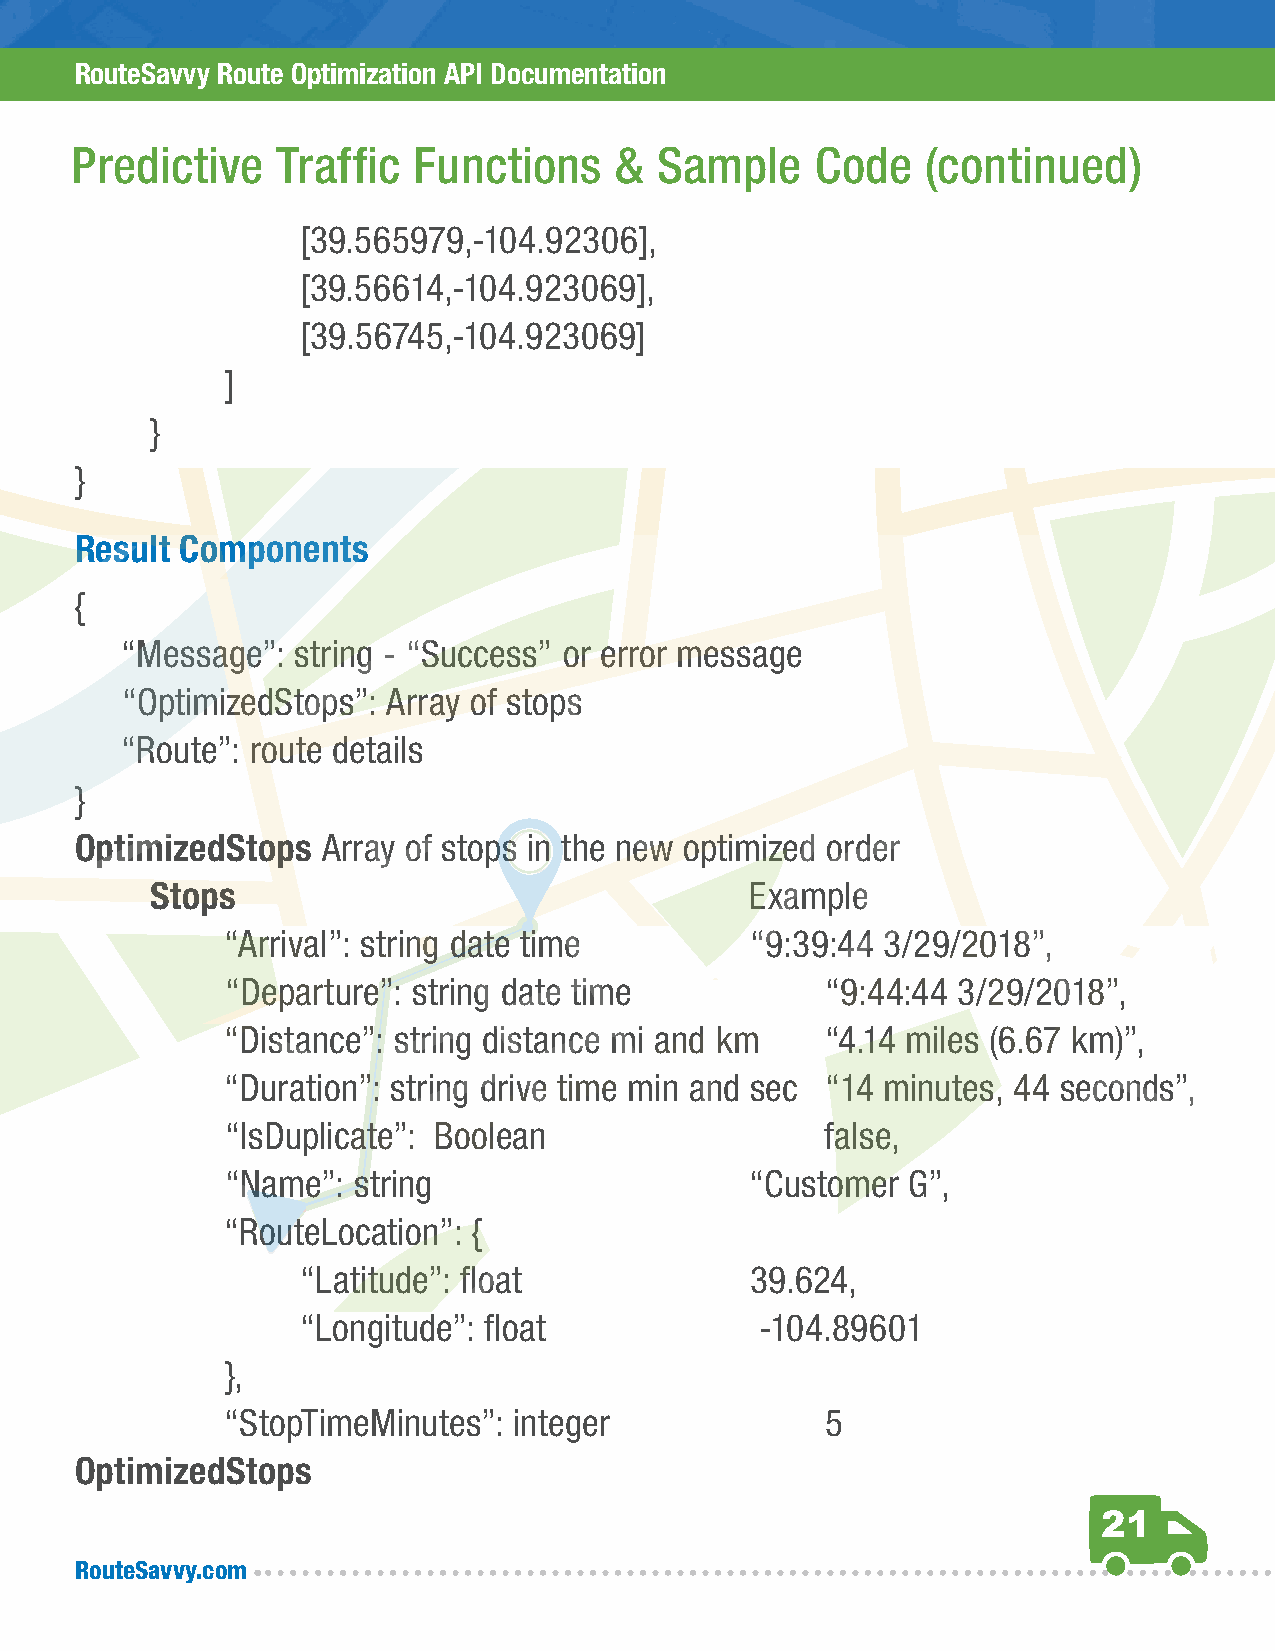
RouteSavvy Route Optimization API Documentation
 Predictive   Traffic  Functions     & Sample     Code   (continued)
 [39.565979,-104.92306],
 [39.56614,-104.923069],
 [39.56745,-104.923069]
 ]
 }
 }
 Result Components
 {
 “Message”:  string - “Success” or error message
 “OptimizedStops”: Array of stops
 “Route”: route details
 }
 OptimizedStops  Array of stops in the new optimized order
 Stops                                   Example
 “Arrival”: string date time        “9:39:44 3/29/2018”,
 “Departure”: string date time           “9:44:44 3/29/2018”,
 “Distance”: string distance mi and km   “4.14 miles (6.67 km)”,
 “Duration”: string drive time min and sec “14 minutes, 44 seconds”,
 “IsDuplicate”: Boolean                  false,
 “Name”: string                     “Customer G”,
 “RouteLocation”: {
 “Latitude”: float             39.624,
 “Longitude”: float            -104.89601
 },
 “StopTimeMinutes”: integer              5
 OptimizedStops
 21
 RouteSavvy.com